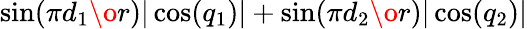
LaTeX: \sin({{\pi d_{1}}\o{r}})|\cos(q_{1})|+\sin({{\pi d_{2}}\o{r}})|\cos(q_{2})|